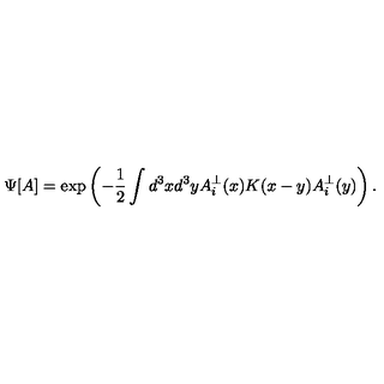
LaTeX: \Psi [ A ] = \exp \left( - \frac { 1 } { 2 } \int d ^ { 3 } x d ^ { 3 } y A _ { i } ^ { \bot } ( x ) K ( x - y ) A _ { i } ^ { \bot } ( y ) \right) .